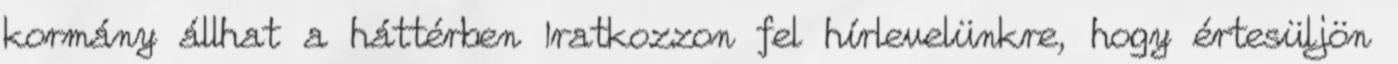
kormány állhat a háttérben Iratkozzon fel hírlevelünkre, hogy értesüljön